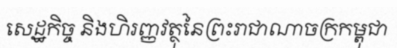
សេដ្ឋកិច្ច និងហិរញ្ញវត្ថុនៃព្រះរាជាណាចក្រកម្ពុជា